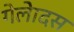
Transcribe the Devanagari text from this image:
गेलेादस